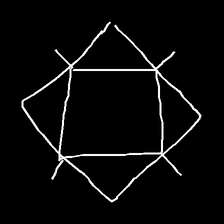
Glyph: light